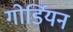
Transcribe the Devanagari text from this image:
गोर्डियन